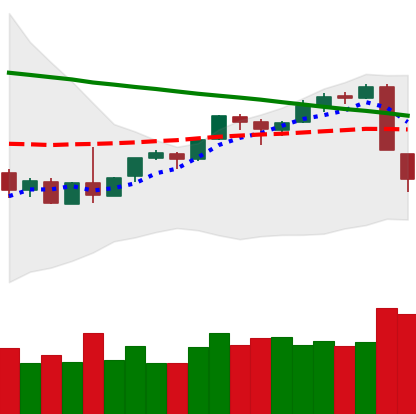
Ticker: BTC-USD
Chart end date: 2018-09-06
Forward return: -3.185%
Label: down_3_5